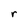
Character: r